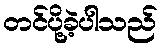
တင်ပို့ခဲ့ပါသည်